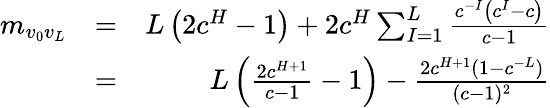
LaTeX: \begin{array}{rlr}{m_{v_{0}v_{L}}}&{=}&{L\left(2c^{H}-1\right)+2c^{H}\sum_{I=1}^{L}\frac{c^{-I}\left(c^{I}-c\right)}{c-1}}\\ &{=}&{L\left(\frac{2c^{H+1}}{c-1}-1\right)-\frac{2c^{H+1}(1-c^{-L})}{(c-1)^{2}}}\end{array}